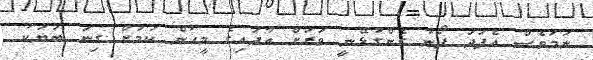
ނަމަވެސް އެފަދަ ފޯނު ގެންގުޅޭނީ ވަަރަށް އާދައިގެ މީހުން ކަމަށް ގިނަ ބަޔަކު